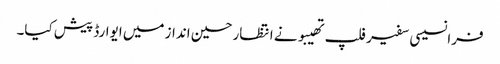
فرانسیسی سفیر فلپ تھیبو نے انتظار حسین انداز میں ایوارڈ پیش کیا۔